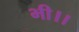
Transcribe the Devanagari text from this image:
भी।।